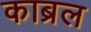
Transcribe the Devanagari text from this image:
काब्रल